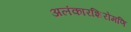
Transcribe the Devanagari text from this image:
अलंकारशिरोमणि